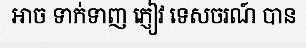
អាច ទាក់ទាញ ភ្ញៀវ ទេសចរណ៍ បាន